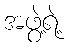
အဖွဲ့ရဲ့